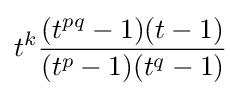
t^{k}{\frac {(t^{pq}-1)(t-1)}{(t^{p}-1)(t^{q}-1)}}